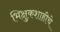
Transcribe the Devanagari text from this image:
भिक्षुकशाहीचे